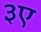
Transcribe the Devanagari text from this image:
३ए